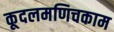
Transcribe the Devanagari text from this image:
कूदलमणिचकाम